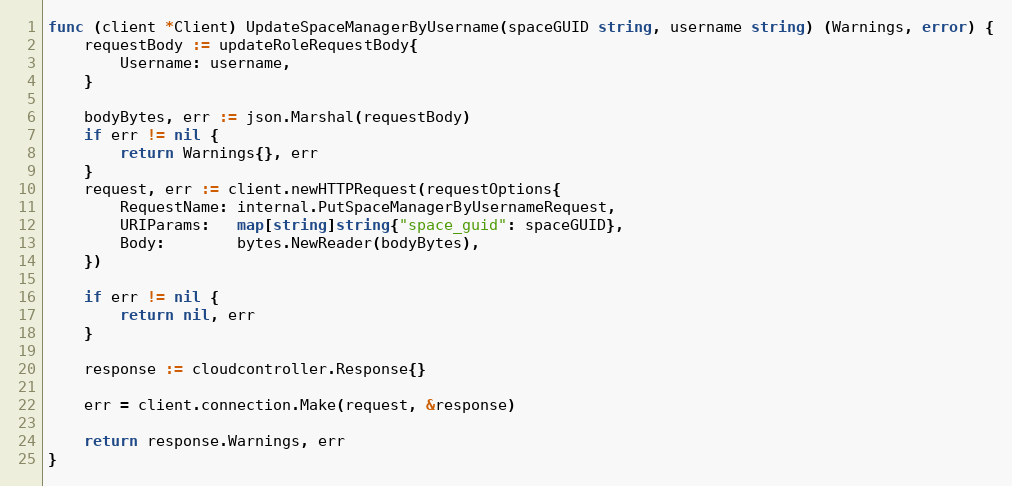
Language: Go
func (client *Client) UpdateSpaceManagerByUsername(spaceGUID string, username string) (Warnings, error) {
	requestBody := updateRoleRequestBody{
		Username: username,
	}

	bodyBytes, err := json.Marshal(requestBody)
	if err != nil {
		return Warnings{}, err
	}
	request, err := client.newHTTPRequest(requestOptions{
		RequestName: internal.PutSpaceManagerByUsernameRequest,
		URIParams:   map[string]string{"space_guid": spaceGUID},
		Body:        bytes.NewReader(bodyBytes),
	})

	if err != nil {
		return nil, err
	}

	response := cloudcontroller.Response{}

	err = client.connection.Make(request, &response)

	return response.Warnings, err
}